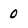
Character: 0